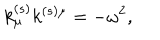
k _ { \mu } ^ { ( s ) } k ^ { ( s ) \mu } = - \omega ^ { 2 } ,